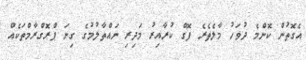
އެގޮތުން ކޮންމެ ދުވަހު މާލެތެރެ ފޮގް ކުރާއިރު މަދިރި ނައްތާލުމުގެ ގިނަ ޕްރޮގްރާމްތަކެއް